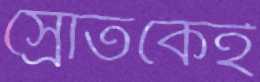
স্রোতকেই